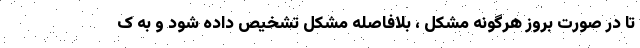
تا در صورت بروز هرگونه مشکل ، بلافاصله مشکل تشخیص داده شود و به ک